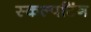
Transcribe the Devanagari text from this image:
स्कल्पटिंग